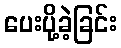
ပေးပို့ခဲ့ခြင်း